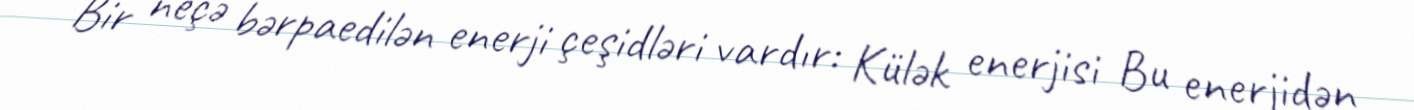
Bir neçə bərpaedilən enerji çeşidləri vardır: Külək enerjisi Bu enerjidən